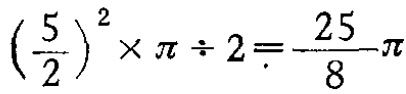
$\left(\frac{5}{2}\right)^{2}\times \pi \div 2=\frac{25}{8}\pi$